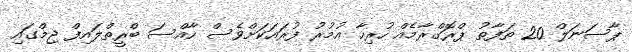
ޕާސަނަލް 20 ތަފާތު ޕްރޮގްރާމެއް ހުރިހާ އުމުރު ފުރައަކަށްވެސް ހާއްސަ ބްރީތްލައިފް ޖިމްގައި